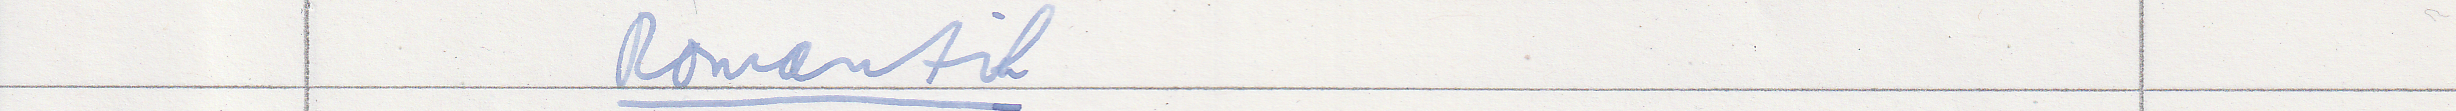
Romantik